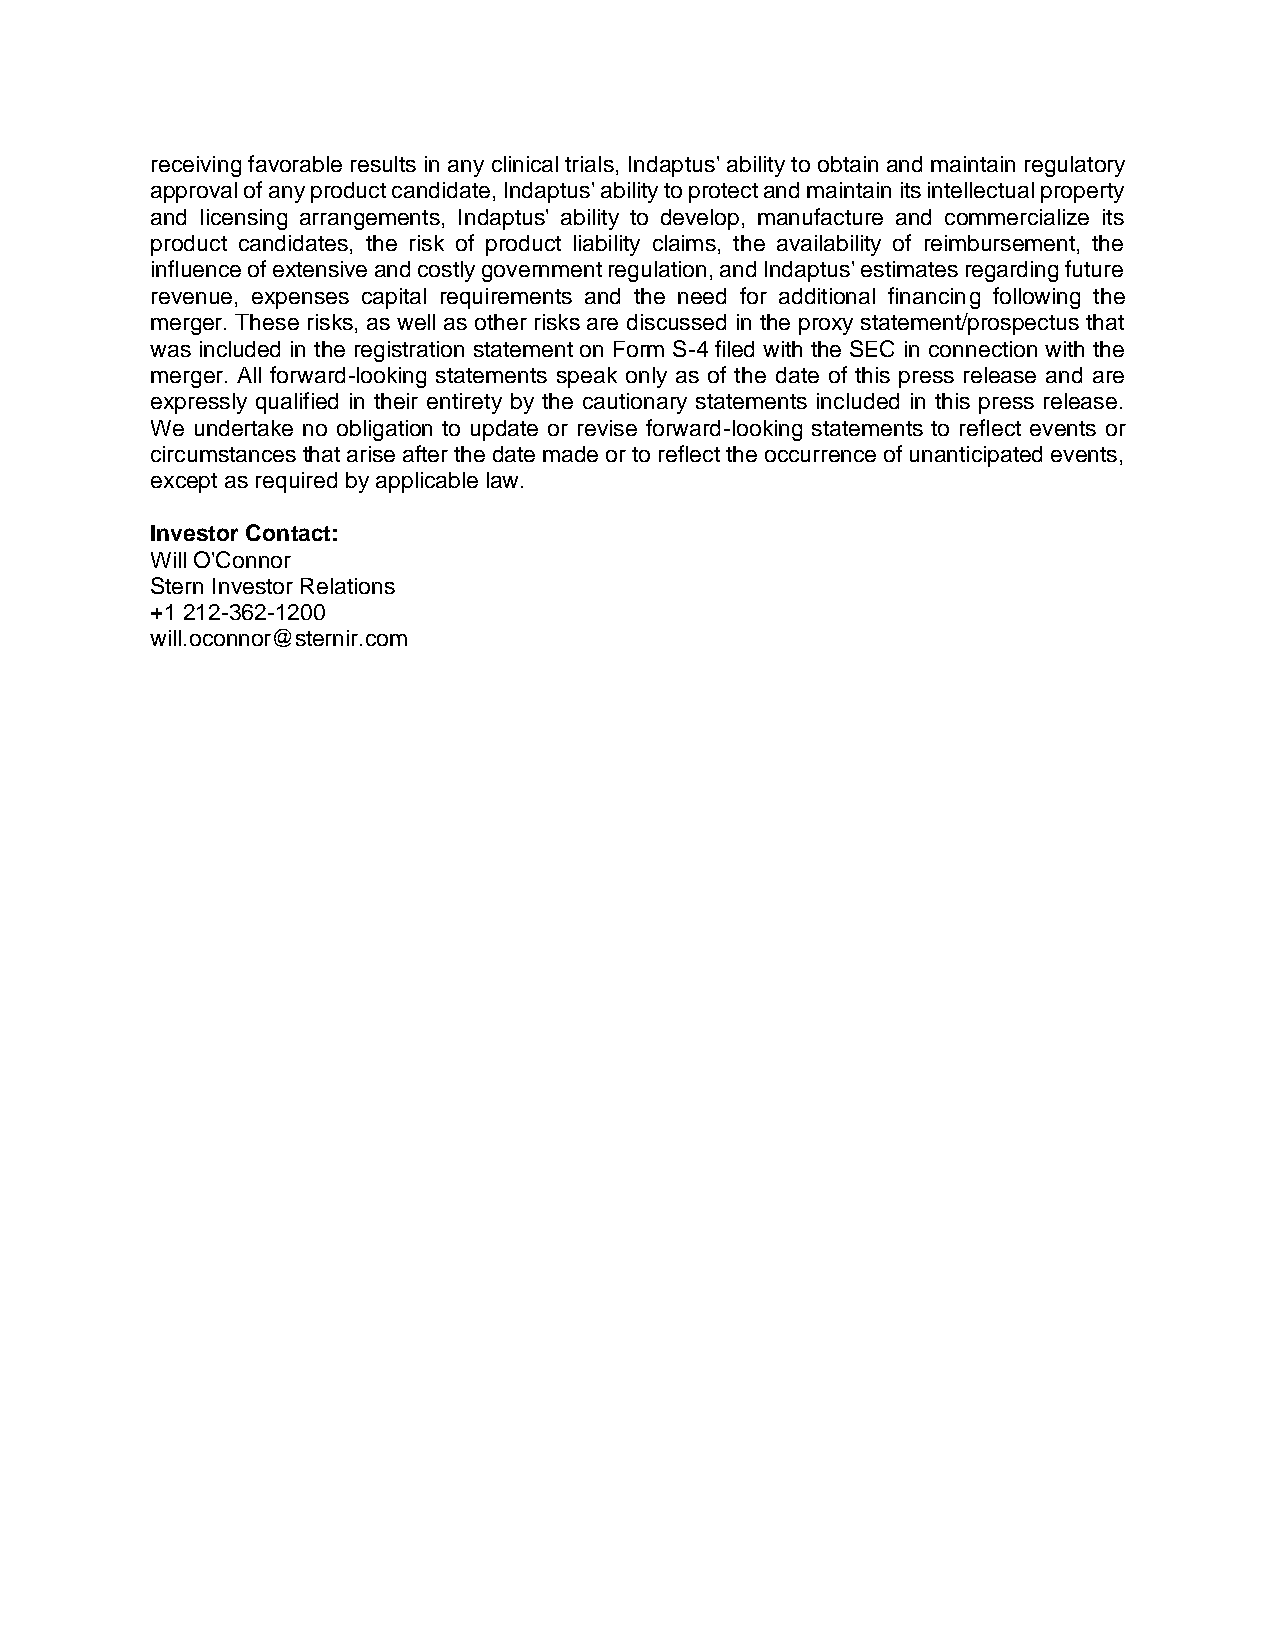
receiving favorable results in any clinical trials, Indaptus' ability to obtain and maintain regulatory
 approval of any product candidate, Indaptus' ability to protect and maintain its intellectual property
 and licensing arrangements, Indaptus' ability to develop, manufacture and commercialize its
 product candidates, the risk of product liability claims, the availability of reimbursement, the
 influence of extensive and costly government regulation, and Indaptus' estimates regarding future
 revenue, expenses capital requirements and the need for additional financing following the
 merger. These risks, as well as other risks are discussed in the proxy statement/prospectus that
 was included in the registration statement on Form S-4 filed with the SEC in connection with the
 merger. All forward-looking statements speak only as of the date of this press release and are
 expressly qualified in their entirety by the cautionary statements included in this press release.
 We undertake no obligation to update or revise forward-looking statements to reflect events or
 circumstances that arise after the date made or to reflect the occurrence of unanticipated events,
 except as required by applicable law.
 Investor Contact:
 Will O'Connor
 Stern Investor Relations
 +1 212-362-1200
 will.oconnor@sternir.com